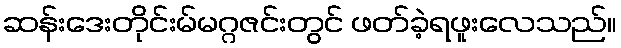
ဆန်းဒေးတိုင်းမ်မဂ္ဂဇင်းတွင် ဖတ်ခဲ့ရဖူးလေသည်။